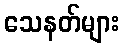
သေနတ်များ